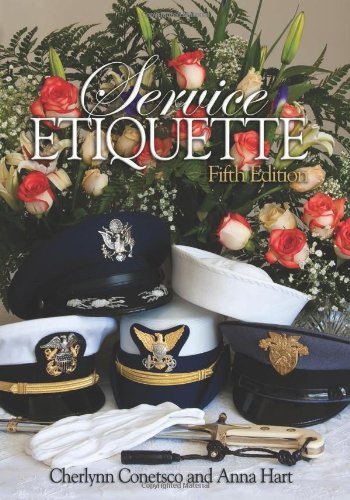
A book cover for Service Etiquette, 5th Edition; Cherlynn Conetsco; History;